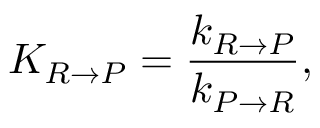
K _ { R \rightarrow P } = \frac { k _ { R \rightarrow P } } { k _ { P \rightarrow R } } ,